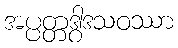
အပ္ပတ္တဒွါဒသဝဿာ